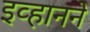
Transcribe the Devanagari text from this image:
इव्हानने